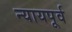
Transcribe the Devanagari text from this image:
न्यायपूर्व